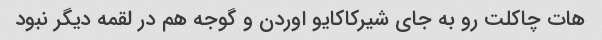
هات چاکلت رو به جای شیرکاکایو اوردن و گوجه هم در لقمه دیگر نبود